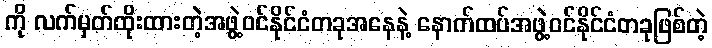
ကို လက်မှတ်ထိုးထားတဲ့အဖွဲ့ဝင်နိုင်ငံတခုအနေနဲ့ နောက်ထပ်အဖွဲ့ဝင်နိုင်ငံတခုဖြစ်တဲ့